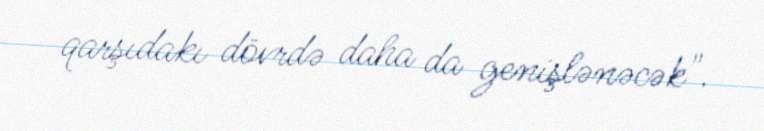
qarşıdakı dövrdə daha da genişlənəcək".